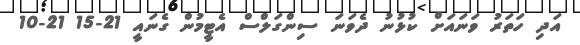
އަދި ހަތަރު ވަނައަށް ކުޅުނު ދެވަނަ ސިންގަލްސް އެޓީމުން ގެނައީ 21-15 21-10